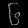
Digit: ၆